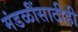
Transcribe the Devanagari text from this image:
मंडळींसाठीही